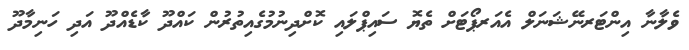
ވެލާނާ އިންޓަރނޭޝަނަލް އެއަރޕޯޓަށް ތެޔޮ ސައިޕްލައި ކޮށްދިނުމުގެއިތުރުން ކައްދޫ ކާޑެއްދޫ އަދި ހަނިމާދޫ